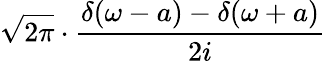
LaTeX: {\sqrt{2\pi}}\cdot{\frac{\delta(\omega-a)-\delta(\omega+a)}{2i}}